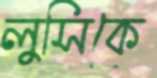
লুসিকে